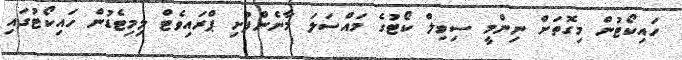
ހައިކޯޓުން މިގޮތަށް ނިންމީ ސިވިލް ކޯޓުގެ މައްސަލަ މާނެންފުށި ޕްރައިވެޓް ލިމިޓެޑުން ހައިކޯޓުގައި